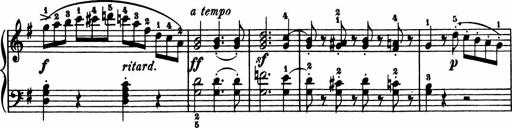
Title: 11 Sonatinas for Piano Solo
Composer: Anton Diabelli